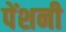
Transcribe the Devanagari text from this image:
पेंशनी